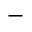
^ { - }